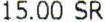
15.00 SR